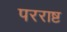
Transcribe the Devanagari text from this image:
परराष्ट